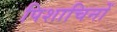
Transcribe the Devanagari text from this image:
पिशाचिनों